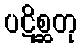
ပဋိစ္ဆတု